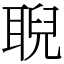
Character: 聣